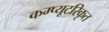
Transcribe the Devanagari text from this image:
कम्प्यूटरिकृत